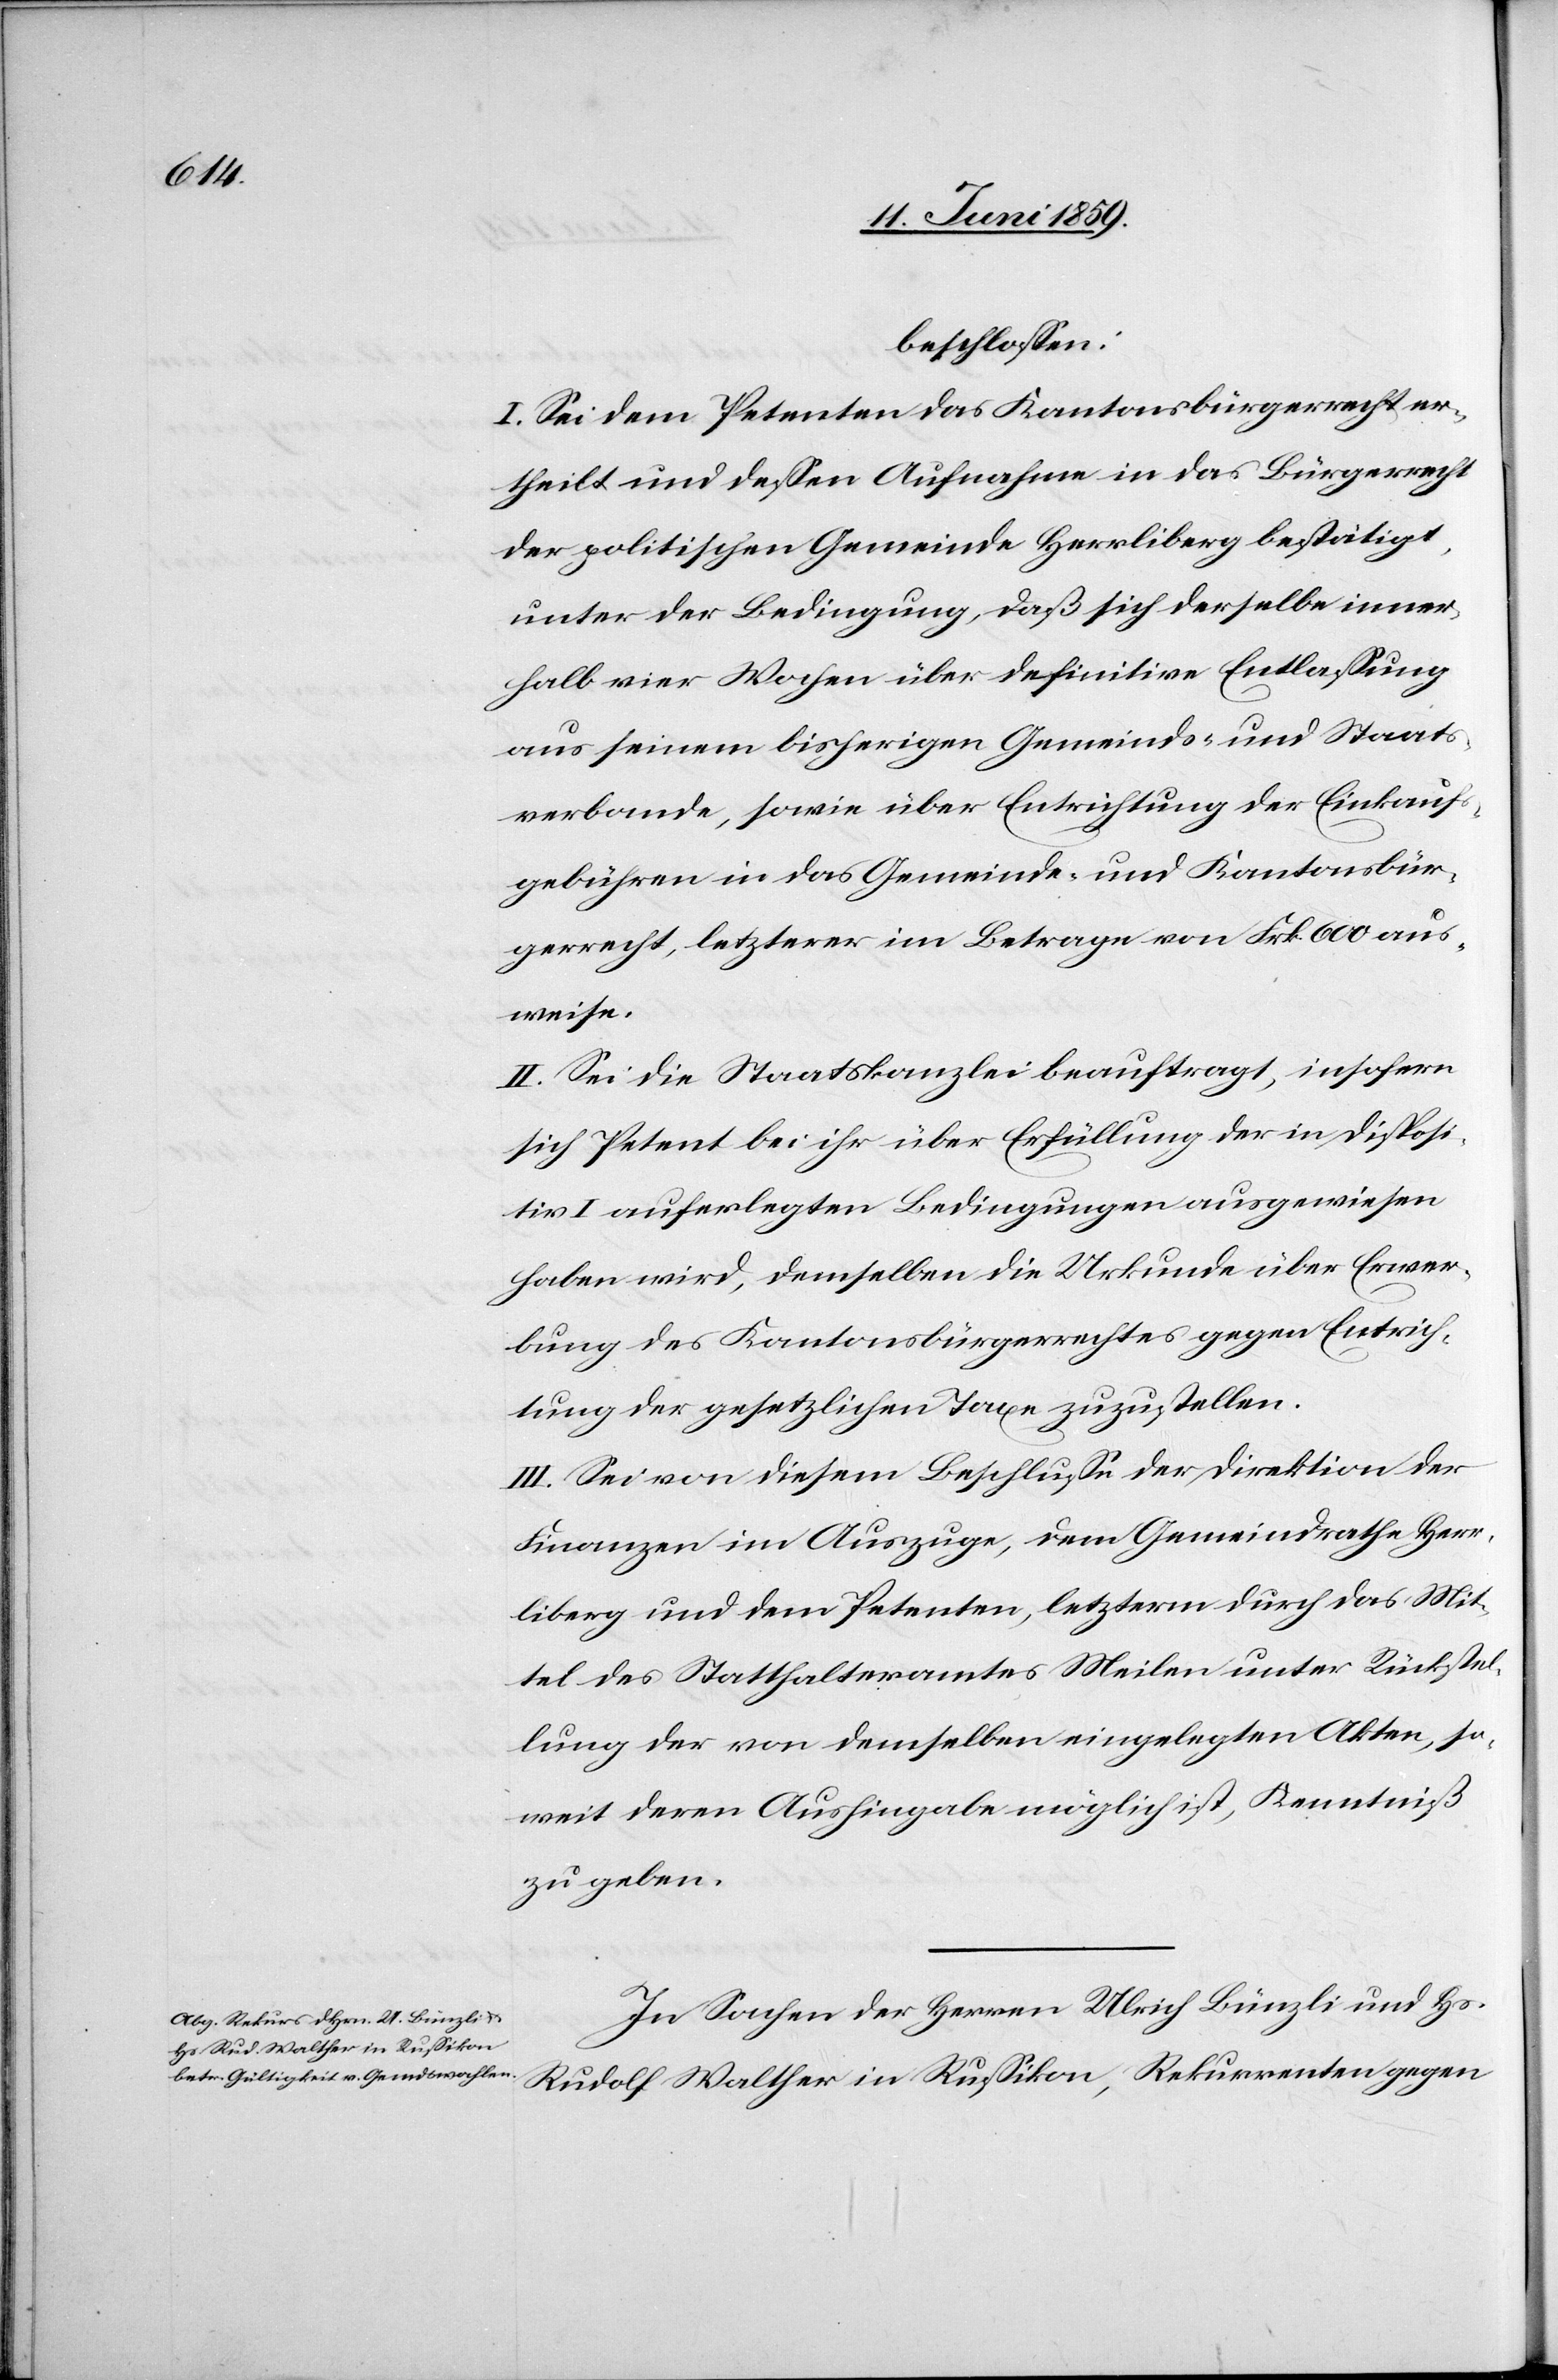
beschlossen:
I. Sei dem Petenten das Kantonsbürgerrecht er¬
theilt und dessen Aufnahme in das Bürgerrecht
der politischen Gemeinde Herrliberg bestätigt,
unter der Bedingung, daß sich derselbe inner¬
halb vier Wochen über definitive Entlassung
aus seinem bisherigen Gemeinde- und Staats¬
verbande, sowie über Entrichtung der Einkaufs¬
gebühren in das Gemeinde- und Kantonsbür¬
gerrecht, letzterer im Betrage von Frk. 600 aus¬
weise.
II. Sei die Staatskanzlei beauftragt, insofern
sich Petent bei ihr über Erfüllung der in Disposi¬
tiv I auferlegten Bedingungen ausgewiesen
haben wird, demselben die Urkunde über Erwer¬
bung des Kantonsbürgerrechtes gegen Entrich¬
tung der gesetzlichen Taxen zuzustellen.
III. Sei von diesem Beschlusse der Direktion der
Finanzen im Auszuge, dem Gemeindrathe Herr¬
liberg und dem Petenten, letzterm durch das Mit¬
tel des Statthalteramtes Meilen unter Rückstel¬
lung der von demselben eingelegten Akten, so¬
weit deren Aushingabe möglich ist, Kenntniß
zu geben.
In Sachen der Herren Ulrich Bünzli und Hs.
Rudolf Walther in Russikon, Rekurrenten gegen